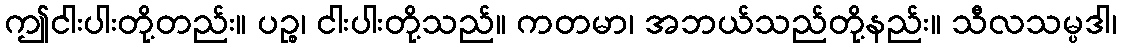
ဤငါးပါးတို့တည်း။ ပဉ္စ၊ ငါးပါးတို့သည်။ ကတမာ၊ အဘယ်သည်တို့နည်း။ သီလသမ္ပဒါ၊